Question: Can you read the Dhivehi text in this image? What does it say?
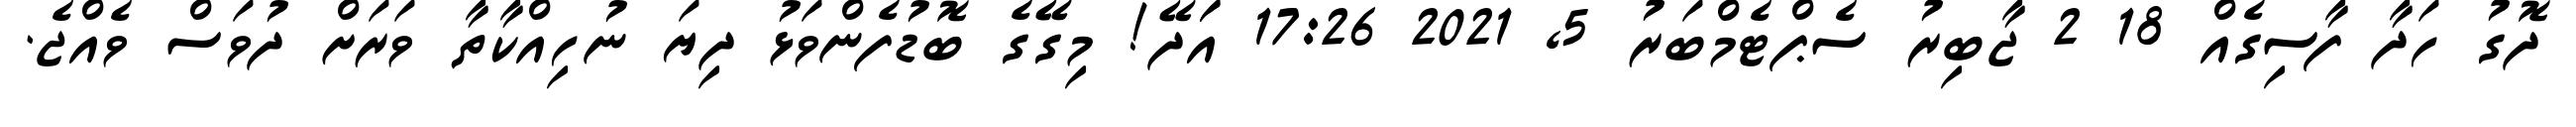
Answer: ދޮގު ހަދާ ފާސިގެއް 18 2 ޖާބިރު ސެޕްޓެމްބަރު 5, 2021 17:26 އަަދޭ! މިގޭގެ ބޮޑުފެންވަޅު ދިޔަ ނުހިއްކާތާ ވަރަށް ދުވަސް ވެއްޖެ.